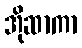
အိုဆာကာ